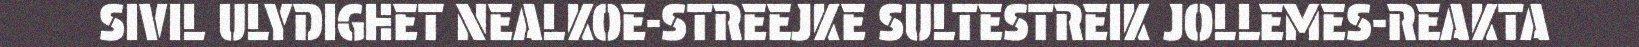
SIVIL ULYDIGHET NEALKOE-STREEJKE SULTESTREIK JOLLEMES-REAKTA